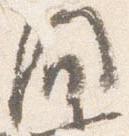
間